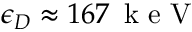
\epsilon _ { D } \approx 1 6 7 \, \mathrm { ~ k ~ e ~ V ~ }